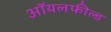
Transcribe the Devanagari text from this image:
ऑयलफील्ड